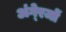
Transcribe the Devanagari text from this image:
अंगे्रजों